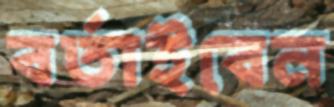
বর্তাইবেন